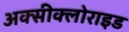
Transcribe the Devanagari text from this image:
अक्‍सीक्‍लोराइड